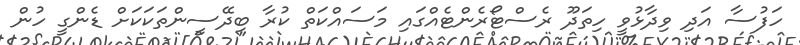
ހަފުސާ އަދި ވިދާޅުވީ ހިތަދޫ ރެސްޓޯރެންޓެއްގައި މަސައްކަތް ކުރާ ބިދޭސީންތަކަކަށް ޑެންގީ ހުން